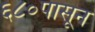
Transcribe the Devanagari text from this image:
६८०पासून